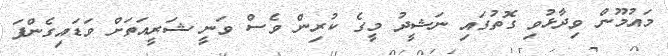
މައުމޫން ވިދާޅުވި ގޮތުގައި ނަޝީދު މީގެ ކުރިން ވެސް ވަނީ ޝަރީއަތަށް ވަޑައިގެންފަ